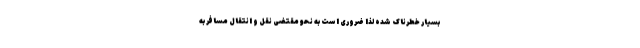
بسیار خطرناک شده لذا ضروری است به نحو مقتضی نقل و انتقال مسافر به